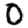
Digit: 0